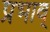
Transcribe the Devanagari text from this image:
प्रभाव्